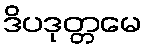
ဒိပဒုတ္တမေ